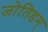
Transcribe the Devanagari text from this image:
जोतिडम्